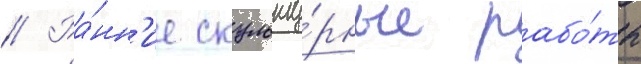
// Ра́нн'ие скульпту́рные рабо́ты